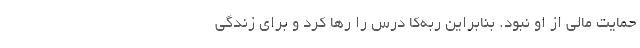
حمایت مالی از او نبود. بنابراین ربه‌کا درس را رها کرد و برای زندگی